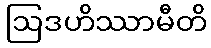
ဩဒဟိဿာမီတိ